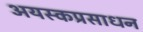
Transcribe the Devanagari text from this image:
अयस्कप्रसाधन